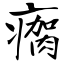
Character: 瘸